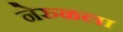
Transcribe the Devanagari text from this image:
नेरुळला